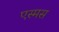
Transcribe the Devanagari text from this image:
एस्मस